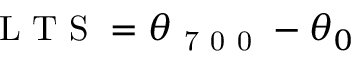
\mathrm { ~ L ~ T ~ S ~ } = \theta _ { \mathrm { ~ 7 ~ 0 ~ 0 ~ } } - \theta _ { 0 }